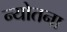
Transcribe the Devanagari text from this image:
न्योतना